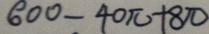
6 0 0 - 4 0 \pi + 8 \pi